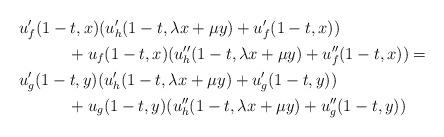
LaTeX: \begin{align*}&u_f'(1-t,x)(u_h'(1-t,\lambda x+\mu y)+u_f'(1-t,x)) \\&\qquad\quad+u_f(1-t,x)(u_h''(1-t,\lambda x+\mu y)+u_f''(1-t,x)) =\mbox{}\\ &u_g'(1-t,y)(u_h'(1-t,\lambda x+\mu y)+u_g'(1-t,y)) \\&\qquad\quad+u_g(1-t,y)(u_h''(1-t,\lambda x+\mu y)+u_g''(1-t,y))\end{align*}